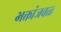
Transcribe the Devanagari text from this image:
भक्तांजवळ